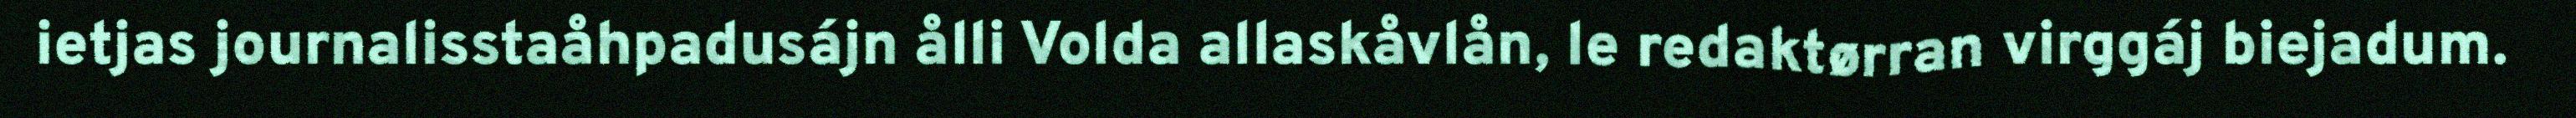
ietjas journalisstaåhpadusájn ålli Volda allaskåvlån, le redaktørran virggáj biejadum.